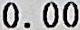
0.00